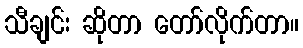
သီချင်း ဆိုတာ တော်လိုက်တာ။